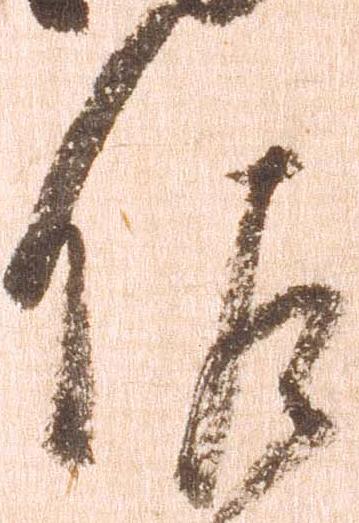
佐